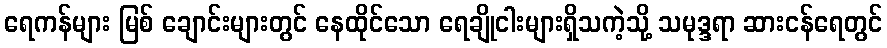
ရေကန်များ မြစ် ချောင်းများတွင် နေထိုင်သော ရေချိုငါးများရှိသကဲ့သို့ သမုဒ္ဒရာ ဆားငန်ရေတွင်